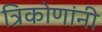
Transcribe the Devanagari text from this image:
त्रिकोणांनी